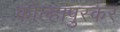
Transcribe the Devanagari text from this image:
कोल्हापुरकर